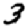
Digit: 3